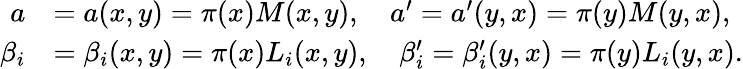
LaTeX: \begin{array}{rl}{a}&{=a(x,y)=\pi(x)M(x,y),\quad a^{\prime}=a^{\prime}(y,x)=\pi(y)M(y,x),}\\ {\beta_{i}}&{=\beta_{i}(x,y)=\pi(x)L_{i}(x,y),\quad\beta_{i}^{\prime}=\beta_{i}^{\prime}(y,x)=\pi(y)L_{i}(y,x).}\end{array}